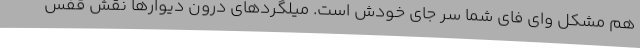
هم مشکل وای فای شما سر جای خودش است. میلگردهای درون دیوارها نقش قفس